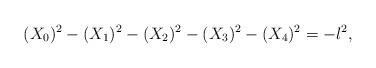
LaTeX: \begin{align*}(X_0)^2 - (X_1)^2 - (X_2)^2 - (X_3)^2 - (X_4)^2 = -l^{2},\end{align*}